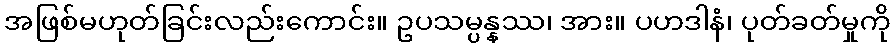
အဖြစ်မဟုတ်ခြင်းလည်းကောင်း။ ဥပသမ္ပန္နဿ၊ အား။ ပဟဒါနံ၊ ပုတ်ခတ်မှုကို